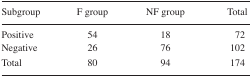
| Subgroup | F group | NF group | Total |
 | --- | --- | --- | --- |
 | Positive | 54 | 18 | 72 |
 | Negative | 26 | 76 | 102 |
 | Total | 80 | 94 | 174 |